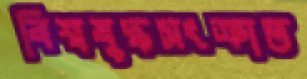
বিশ্বযুদ্ধসংক্রান্ত